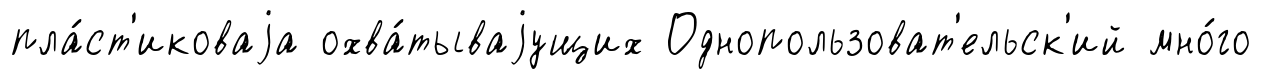
пла́ст'иковаjа охва́тываjущих Однопользоват'ельск'ий мно́го